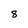
Character: 8